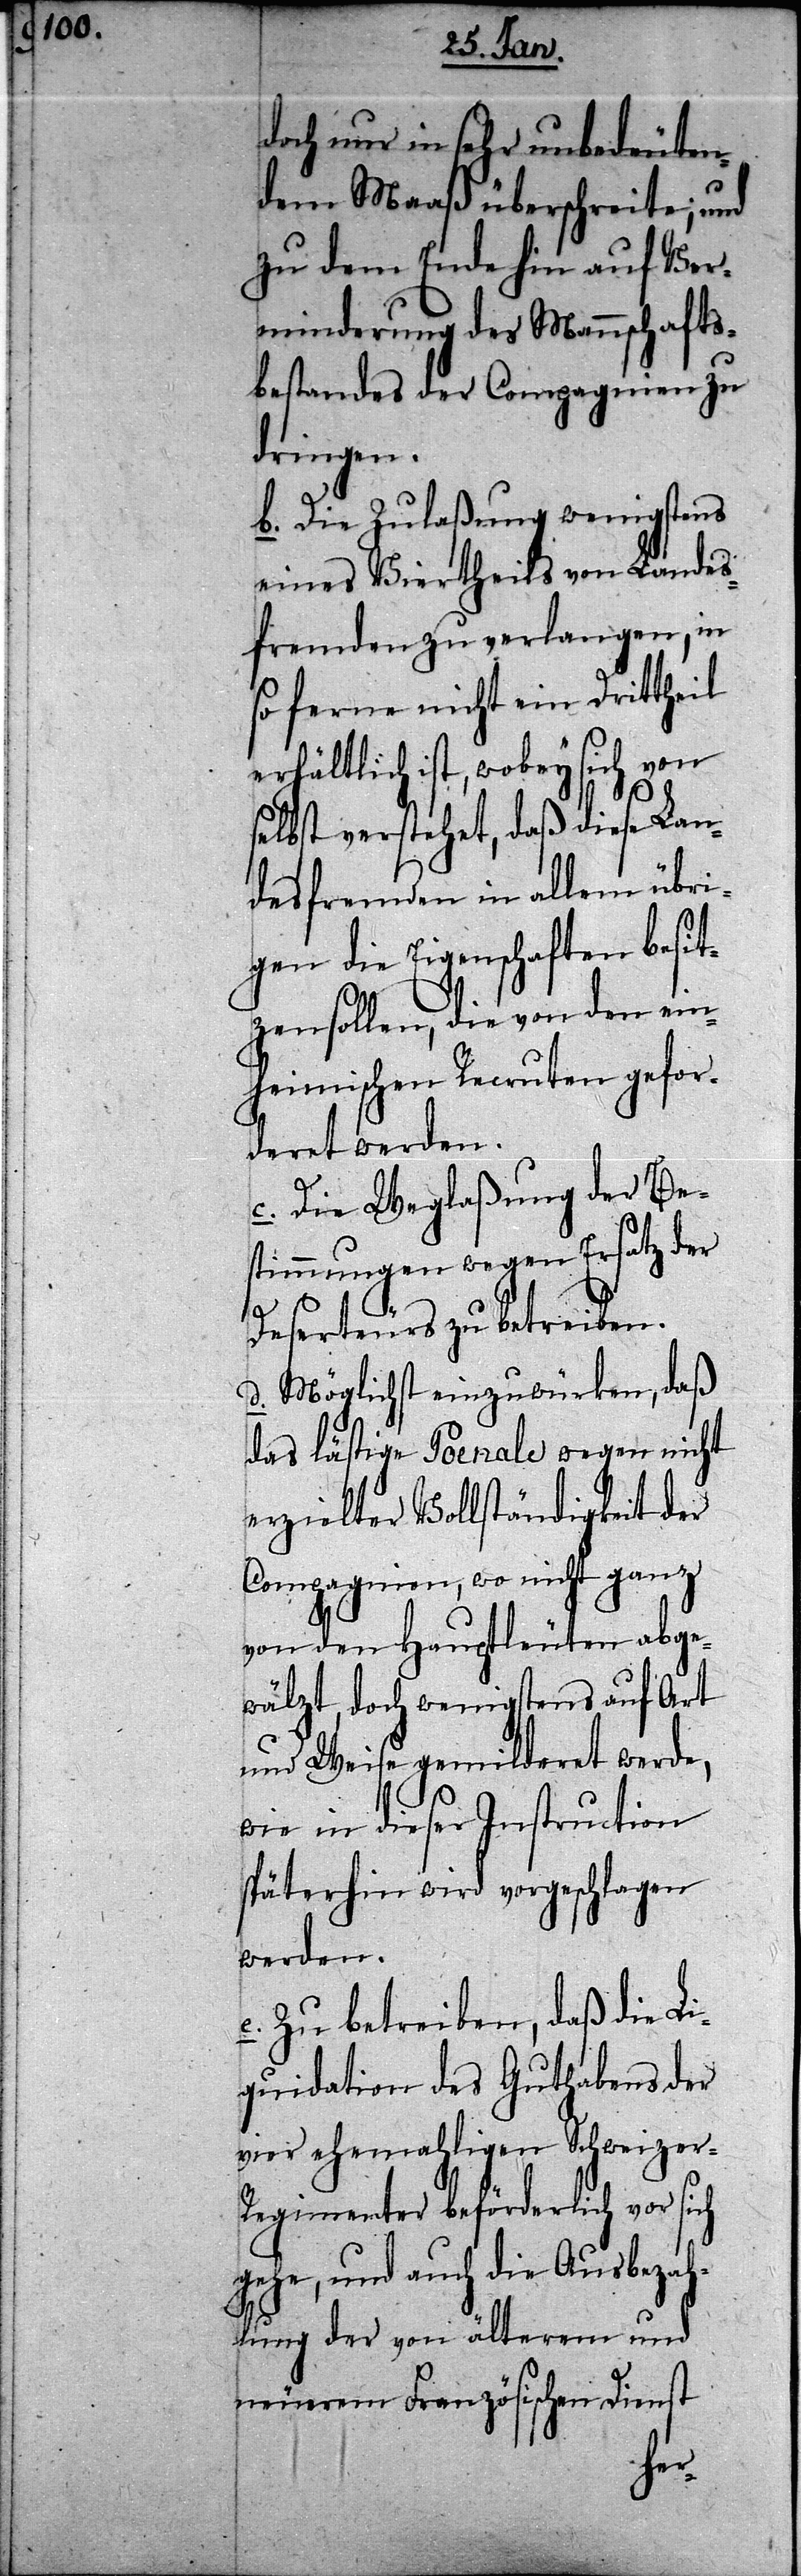
doch nur in sehr unbedeuten¬
dem Maaß überschreite; und
zu dem Ende hin auf Ver¬
minderung des Mannschafts¬
bestandes der Compagnien zu
dringen.
b. Die Zulaßung wenigstens
eines Viertheils von Landes¬
fremden zu verlangen, in
so ferne nicht ein Drittheil
erhältlich ist, wobey sich von
selbst verstehet, daß diese Lan¬
desfremden in allem übri¬
gen die Eigenschaften besitz¬
en sollen, die von den ein¬
heimischen Recruten gefor¬
deret werden.
c. Die Weglaßung der Be¬
stimmungen wegen Ersatz der
Deserteurs zu betreiben.
d. Möglichst einzuwürken, daß
das lästige Poenale wegen nicht
erzielter Vollständigkeit der
Compagnien, wo nicht ganz
von den Hauptleuten abge¬
wälzt, doch wenigstens auf Art
und Weise gemilderet werde,
wie in dieser Instruction
späterhin wird vorgeschlagen
werden.
e. Zu betreiben, daß die Li¬
quidation des Guthabens der
vier ehemahligen Schweizer-R¬
egimenter beförderlich vor sich
gehe, und auch die Ausbezah¬
lung der von älterem und
neuerem Französischen Dienst